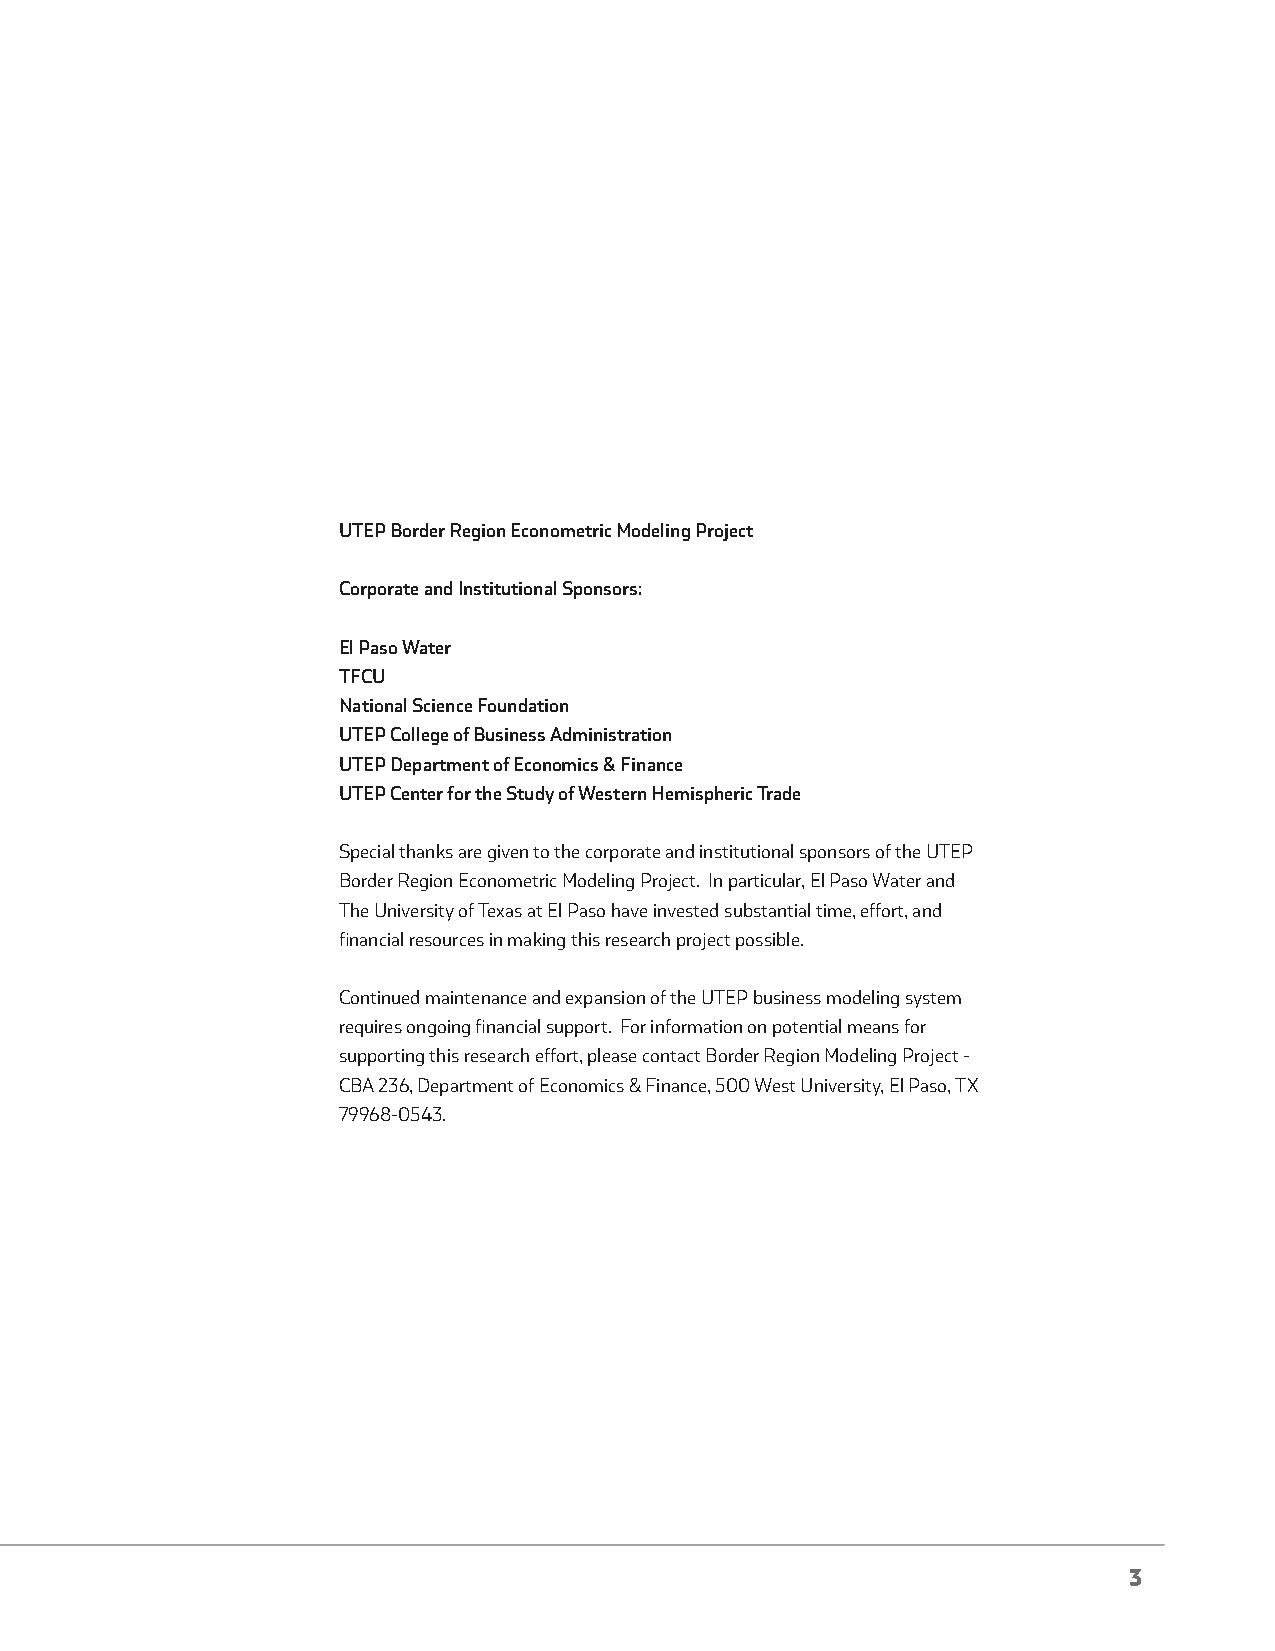
UTEP Border Region Econometric Modeling Project
 Corporate and Institutional Sponsors:
 El Paso Water
 TFCU
 National Science Foundation
 UTEP College of Business Administration
 UTEP Department of Economics & Finance
 UTEP Center for the Study of Western Hemispheric Trade
 Special thanks are given to the corporate and institutional sponsors of the UTEP
 Border Region Econometric Modeling Project. In particular, El Paso Water and
 The University of Texas at El Paso have invested substantial time, effort, and
 financial resources in making this research project possible.
 Continued maintenance and expansion of the UTEP business modeling system
 requires ongoing financial support. For information on potential means for
 supporting this research effort, please contact Border Region Modeling Project -
 CBA 236, Department of Economics & Finance, 500 West University, El Paso, TX
 79968-0543.
 3